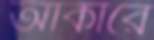
আকারে